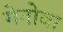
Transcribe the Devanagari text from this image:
गेनोवा